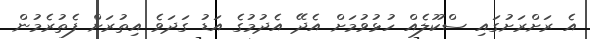
އެ ރަށްރަށުގައި ސްކޫލެއް ހުޅުވުމަށް އެދޭ އެދުމުގެ އަޑު ގަދަވެ އިތުރަށް ފެތުރެމުން